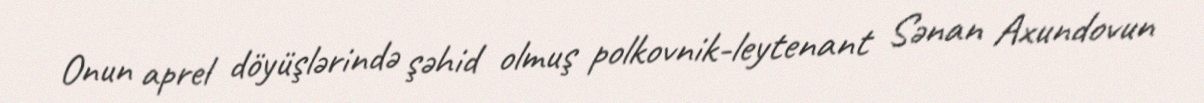
Onun aprel döyüşlərində şəhid olmuş polkovnik-leytenant Sənan Axundovun